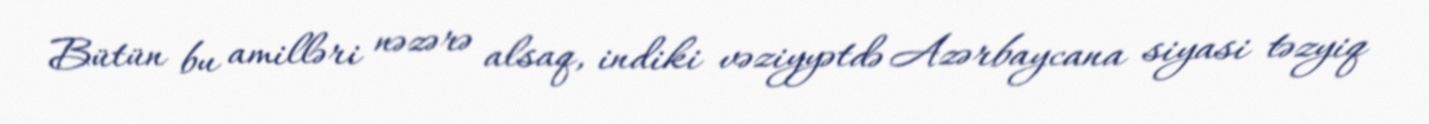
Bütün bu amilləri nəzərə alsaq, indiki vəziyyətdə Azərbaycana siyasi təzyiq